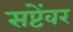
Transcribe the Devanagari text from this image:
सप्टेंवर